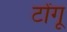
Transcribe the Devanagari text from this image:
टोंगू